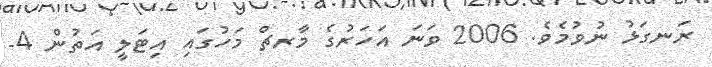
ރަނގަޅު ނުވުމެވެ. 2006 ވަނަ އަހަރުގެ މާރޗް މަހުގައި އިޓަލީ އަތުން 4-